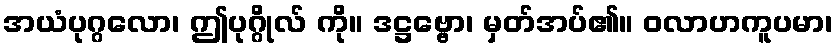
အယံပုဂ္ဂလော၊ ဤပုဂ္ဂိုလ် ကို။ ဒဋ္ဌဗ္ဗော၊ မှတ်အပ်၏။ ဝလာဟကူပမာ၊